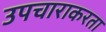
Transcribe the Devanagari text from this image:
उपचाराकरता